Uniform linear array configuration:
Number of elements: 32
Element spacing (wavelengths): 0.25
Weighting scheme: hann
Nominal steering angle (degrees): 45
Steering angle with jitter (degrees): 45.006
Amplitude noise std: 0.05
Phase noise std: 0.05

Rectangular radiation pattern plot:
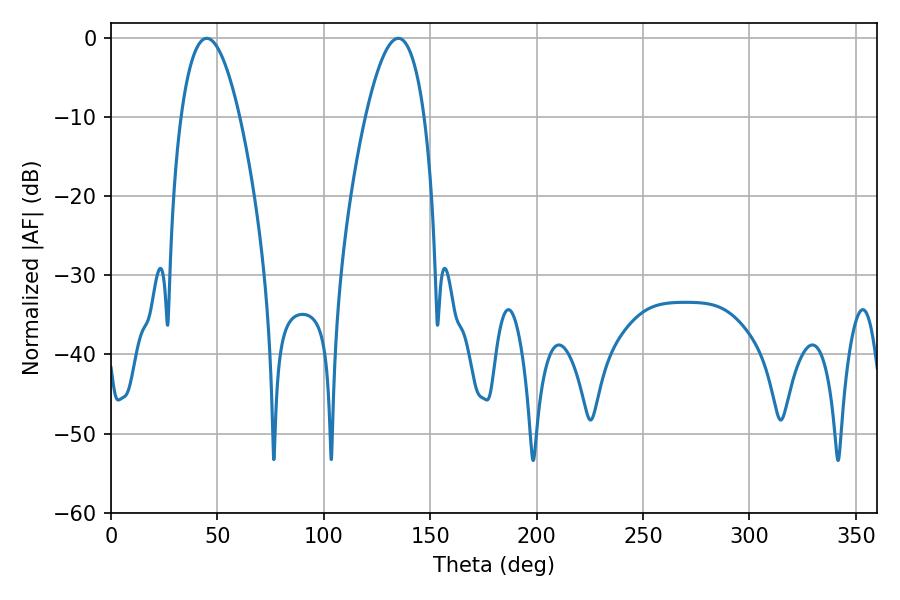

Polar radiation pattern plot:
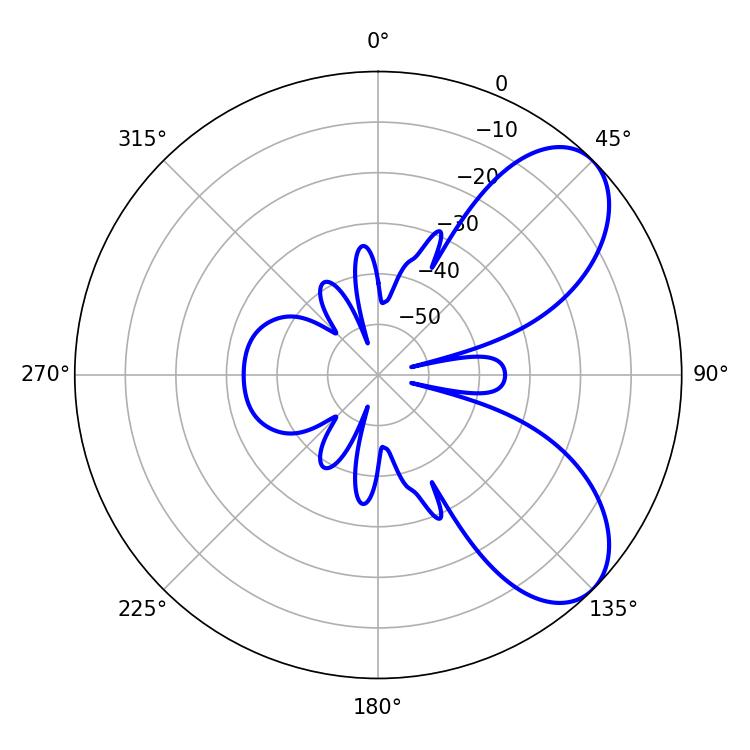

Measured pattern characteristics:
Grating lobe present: FALSE
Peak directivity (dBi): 6.927
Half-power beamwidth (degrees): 15.12
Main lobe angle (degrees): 45